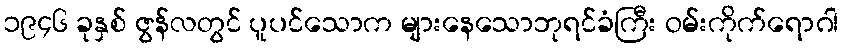
၁၉၄၆ ခုနှစ် ဇွန်လတွင် ပူပင်သောက များနေသောဘုရင်ခံကြီး ဝမ်းကိုက်ရောဂါ